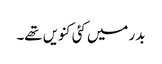
بدر میں کئی کنویں تھے۔